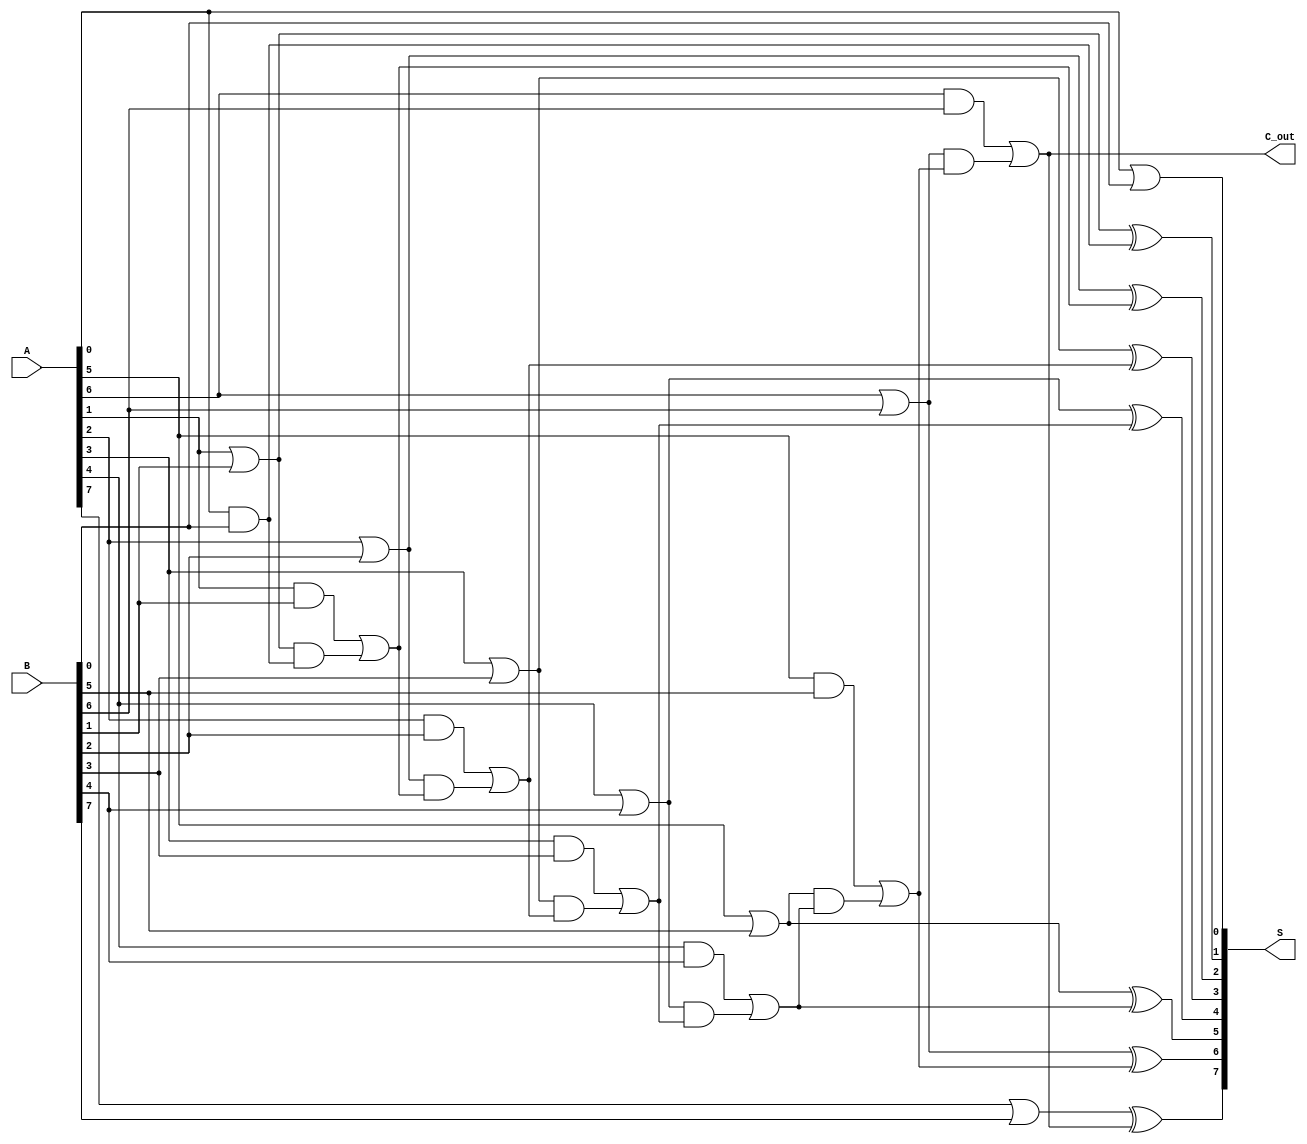
module brent_kung_adder #(parameter n = 8) (
    input  [n-1:0] A,      // First input operand
    input  [n-1:0] B,      // Second input operand
    output [n-1:0] S,      // Sum output
    output        C_out     // Carry out
);

    wire [n-1:0] G;        // Generate signals
    wire [n-1:0] P;        // Propagate signals
    wire [n-1:0] C;        // Carry signals

    // Generate and Propagate signals
    genvar i;
    generate
        for (i = 0; i < n; i = i + 1) begin : gen_prop
            assign G[i] = A[i] & B[i];
            assign P[i] = A[i] | B[i];
        end
    endgenerate

    // Carry signals calculation using the Brent-Kung method
    // Base case: C[0] is initialized to 0
    assign C[0] = 1'b0; // C[-1] is considered 0

    // Level 1 carry computations
    generate
        for (i = 1; i < n; i = i + 1) begin : carry_level_1
            assign C[i] = G[i-1] | (P[i-1] & C[i-1]);
        end
    endgenerate

    // Sum calculation
    generate
        for (i = 0; i < n; i = i + 1) begin : sum_calc
            assign S[i] = P[i] ^ C[i];
        end
    endgenerate

    // Final carry out
    assign C_out = C[n-1];

endmodule